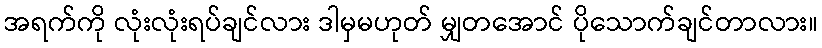
အရက်ကို လုံးလုံးရပ်ချင်လား ဒါမှမဟုတ် မျှတအောင် ပိုသောက်ချင်တာလား။